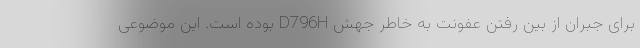
برای جبران از بین رفتن عفونت به خاطر جهش D796H بوده است. این موضوعی